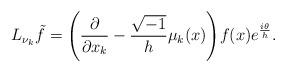
LaTeX: \begin{align*}L_{\nu_k}\tilde{f} = \Bigg( \frac{\partial}{\partial x_k} - \frac{\sqrt{-1}}{h}\mu_k(x) \Bigg) f(x)e^{\frac{i\theta}{h}} .\end{align*}